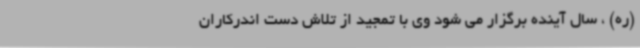
(ره) ، سال آینده برگزار می شود وی با تمجید از تلاش دست اندرکاران